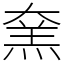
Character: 㚠